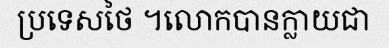
ប្រទេសថៃ ។លោកបានក្លាយជា